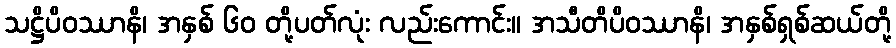
သဋ္ဌိပိဝဿာနိ၊ အနှစ် ၆၀ တို့ပတ်လုံး လည်းကောင်း။ အသီတိပိဝဿာနိ၊ အနှစ်ရှစ်ဆယ်တို့